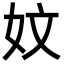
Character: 妏